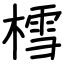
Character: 樰